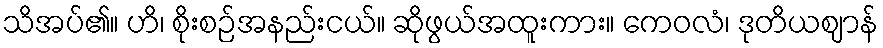
သိအပ်၏။ ဟိ၊ စိုးစဉ်အနည်းငယ်။ ဆိုဖွယ်အထူးကား။ ကေဝလံ၊ ဒုတိယဈာန်